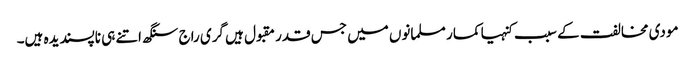
مودی مخالفت کے سبب کنہیا کمار مسلمانوں میں جس قدر مقبول ہیں گری راج سنگھ اتنے ہی ناپسندیدہ ہیں۔